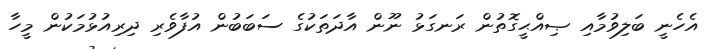
އެހެނީ ބަލިވުމާއި ޞިއްޙީގޮތުން ރަނގަޅު ނޫން އާދަތަކުގެ ސަބަބުން އުފާވެރި ދިރިއުޅުމަކުން މީހާ